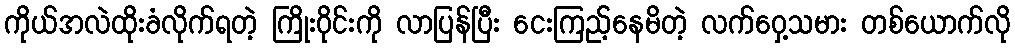
ကိုယ်အလဲထိုးခံလိုက်ရတဲ့ ကြိုးဝိုင်းကို လာပြန်ပြီး ငေးကြည့်နေမိတဲ့ လက်ဝှေ့သမား တစ်ယောက်လို